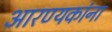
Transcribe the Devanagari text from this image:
आरण्यकांना